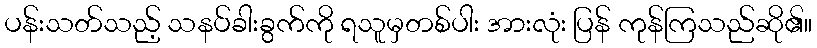
ပန်းသတ်သည့် သနပ်ခါးခွက်ကို ရသူမှတစ်ပါး အားလုံး ပြန် ကုန်ကြသည်ဆို၏။